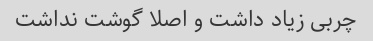
چربی زیاد داشت و اصلا گوشت نداشت